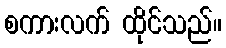
စကားလက် ထိုင်သည်။